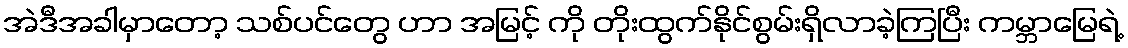
အဲဒီအခါမှာတော့ သစ်ပင်တွေ ဟာ အမြင့် ကို တိုးထွက်နိုင်စွမ်းရှိလာခဲ့ကြပြီး ကမ္ဘာမြေရဲ့